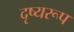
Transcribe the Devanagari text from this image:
दृष्यरूप